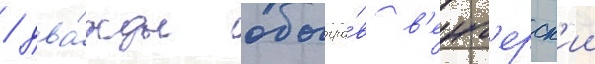
/ два́жды обыгра́в в'енг'ерск'ии